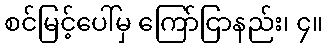
စင်မြင့်ပေါ်မှ ကြော်ငြာနည်း၊ ၄။